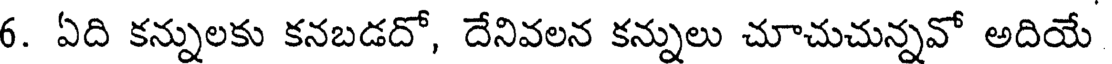
6. ఏది కన్నులకు కనబడదో, దేనివలన కన్నులు చూచుచున్నవో అదియే